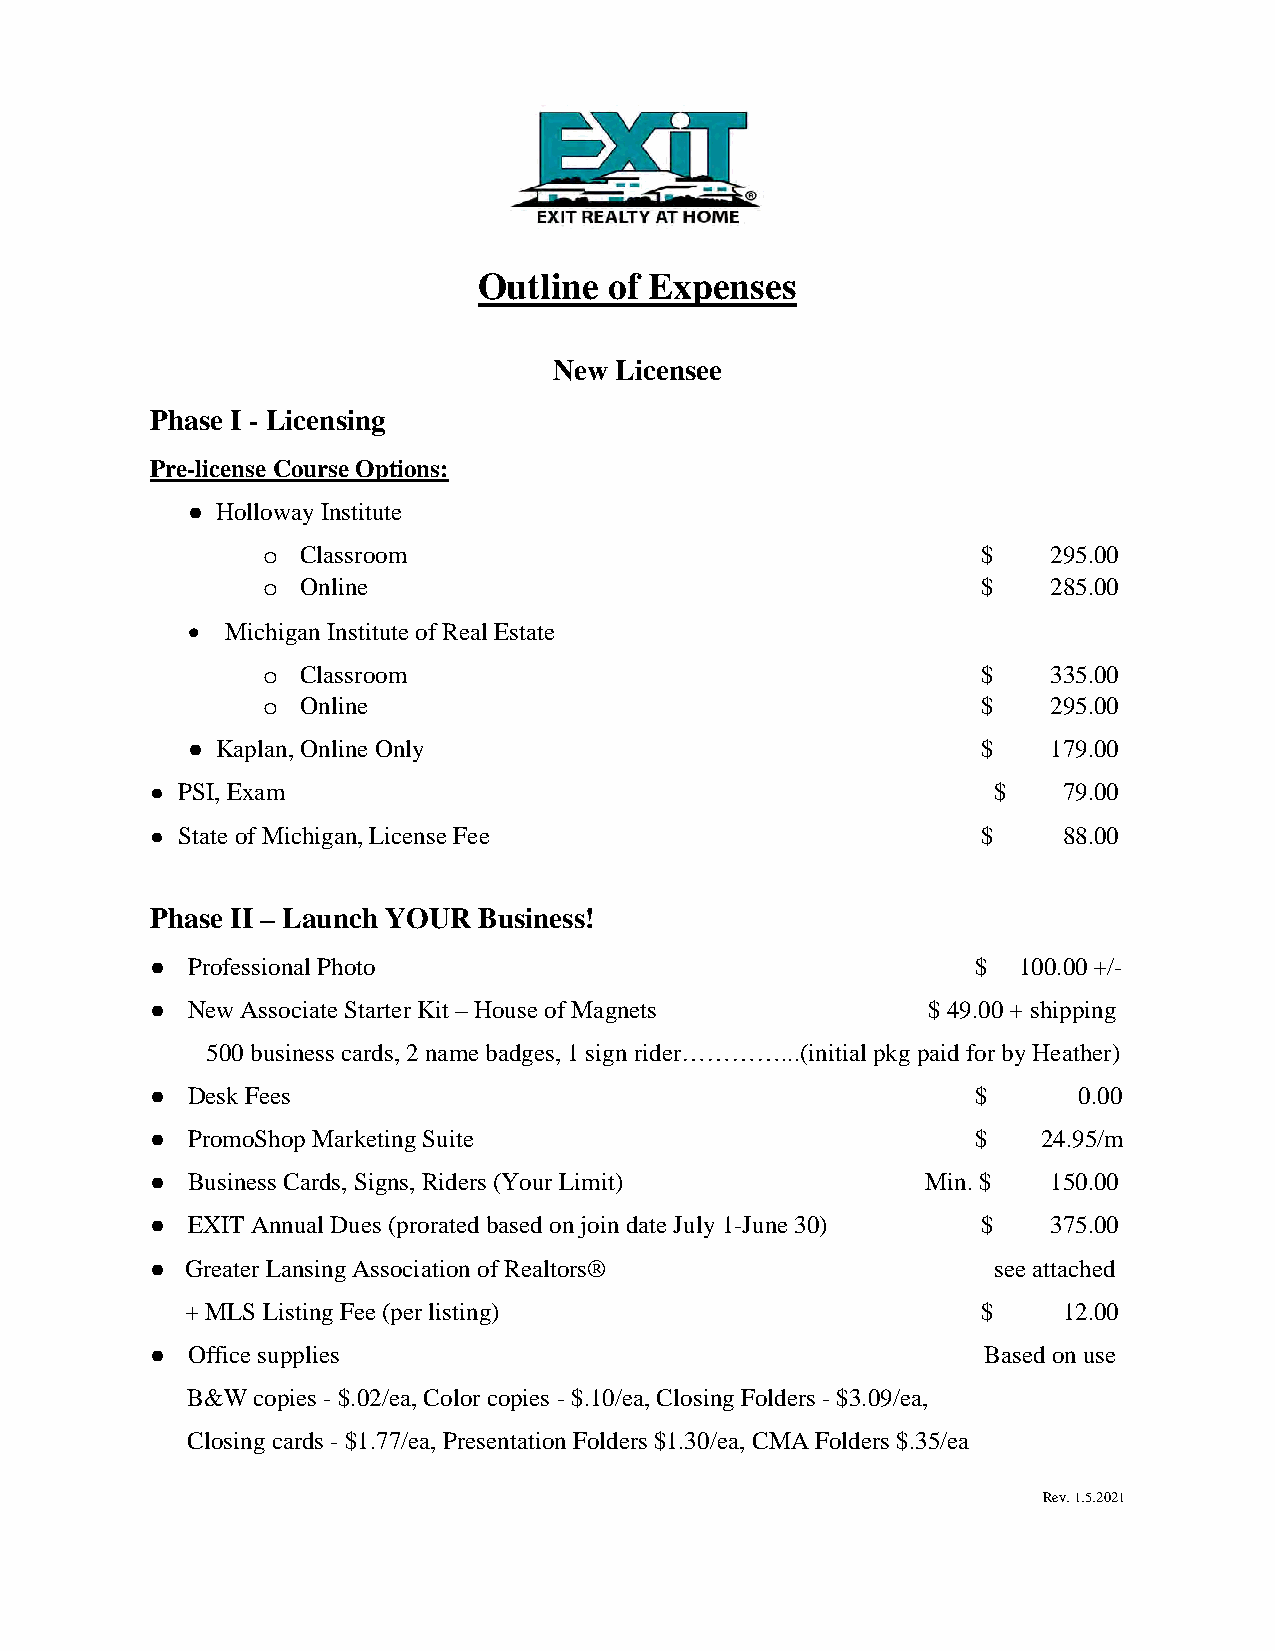
Outline of Expenses
 New Licensee
 Phase I - Licensing
 Pre-license Course Options:
 ● Holloway Institute
 Classroom                                    $    295.00
 o
 Online                                       $    285.00
 o
 •  Michigan Institute of Real Estate
 Classroom                                    $    335.00
 o
 Online                                       $    295.00
 o
 ● Kaplan, Online Only                                $    179.00
 ● PSI, Exam                                             $   79.00
 ● State of Michigan, License Fee                       $    88.00
 Phase II – Launch YOUR Business!
 ● Professional Photo                                   $ 100.00 +/-
 ● New Associate Starter Kit – House of Magnets     $ 49.00 + shipping
 500 business cards, 2 name badges, 1 sign rider…………...(initial pkg paid for by Heather)
 ● Desk Fees                                            $     0.00
 ● PromoShop Marketing Suite                            $   24.95/m
 ● Business Cards, Signs, Riders (Your Limit)       Min. $   150.00
 ● EXIT Annual Dues (prorated based on join date July 1-June 30) $ 375.00
 ● Greater Lansing Association of Realtors®              see attached
 + MLS Listing Fee (per listing)                      $    12.00
 ● Office supplies                                      Based on use
 B&W  copies - $.02/ea, Color copies - $.10/ea, Closing Folders - $3.09/ea,
 Closing cards - $1.77/ea, Presentation Folders $1.30/ea, CMA Folders $.35/ea
 Rev. 1.5.2021